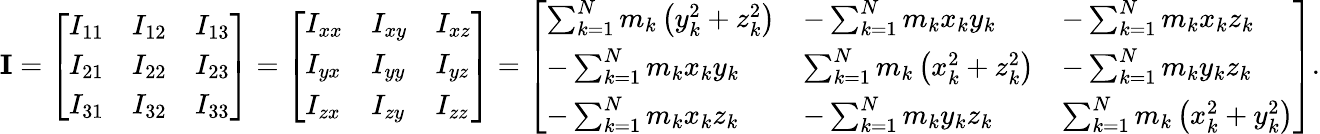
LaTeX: \mathbf{I}={\left[\begin{array}{lll}{I_{11}}&{I_{12}}&{I_{13}}\\ {I_{21}}&{I_{22}}&{I_{23}}\\ {I_{31}}&{I_{32}}&{I_{33}}\end{array}\right]}={\left[\begin{array}{lll}{I_{xx}}&{I_{xy}}&{I_{xz}}\\ {I_{yx}}&{I_{yy}}&{I_{yz}}\\ {I_{zx}}&{I_{zy}}&{I_{zz}}\end{array}\right]}={\left[\begin{array}{lll}{\sum_{k=1}^{N}m_{k}\left(y_{k}^{2}+z_{k}^{2}\right)}&{-\sum_{k=1}^{N}m_{k}x_{k}y_{k}}&{-\sum_{k=1}^{N}m_{k}x_{k}z_{k}}\\ {-\sum_{k=1}^{N}m_{k}x_{k}y_{k}}&{\sum_{k=1}^{N}m_{k}\left(x_{k}^{2}+z_{k}^{2}\right)}&{-\sum_{k=1}^{N}m_{k}y_{k}z_{k}}\\ {-\sum_{k=1}^{N}m_{k}x_{k}z_{k}}&{-\sum_{k=1}^{N}m_{k}y_{k}z_{k}}&{\sum_{k=1}^{N}m_{k}\left(x_{k}^{2}+y_{k}^{2}\right)}\end{array}\right]}.